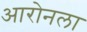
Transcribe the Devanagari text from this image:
आरोनला